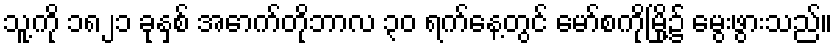
သူ့ကို ၁၈၂၁ ခုနှစ် အောက်တိုဘာလ ၃၀ ရက်နေ့တွင် မော်စကိုမြို့၌ မွေးဖွားသည်။